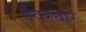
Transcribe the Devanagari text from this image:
तंवरघार